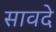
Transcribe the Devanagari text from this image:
सावदे